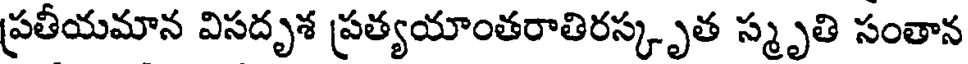
ప్రతీయమాన విసదృశ ప్రత్యయాంతరాతిరస్కృత స్మృతి సంతాన